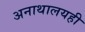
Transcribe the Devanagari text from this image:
अनाथालयही